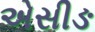
એસીઙ